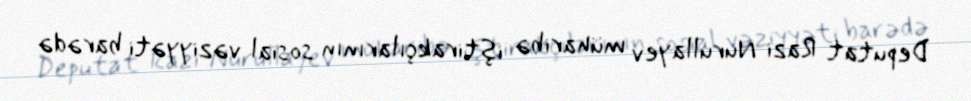
Deputat Razi Nurullayev müharibə iştirakçılarının sosial vəziyyəti barədə